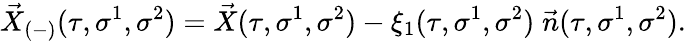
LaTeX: \vec{X}_{(-)}(\tau,\sigma^{1},\sigma^{2})=\vec{X}(\tau,\sigma^{1},\sigma^{2})-\xi_{1}(\tau,\sigma^{1},\sigma^{2})\; \vec{n}(\tau,\sigma^{1},\sigma^{2}).